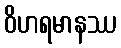
ဝိဟရမာနဿ